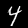
Label: 4